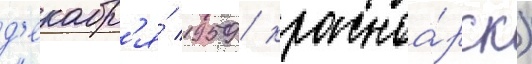
д'екабр'я́ 1959 / красноа́рск)